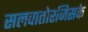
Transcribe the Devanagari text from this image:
सलवातोरजिसके